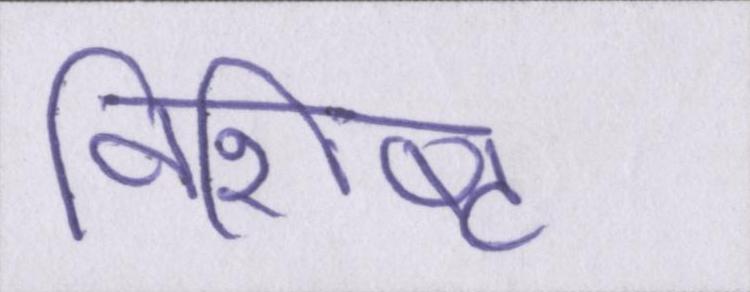
विशिष्ट